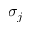
\sigma _ { j }